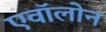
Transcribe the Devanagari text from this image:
एवॉलोन